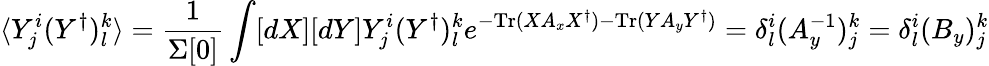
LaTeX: \langle Y_{j}^{i}(Y^{\dagger})_{l}^{k}\rangle=\frac{1}{\Sigma[0]}\int[dX][dY]Y_{j}^{i}(Y^{\dagger})_{l}^{k}e^{-\mathrm{Tr}(XA_{x}X^{\dagger})-\mathrm{Tr}(YA_{y}Y^{\dagger})}=\delta_{l}^{i}(A_{y}^{-1})_{j}^{k}=\delta_{l}^{i}(B_{y})_{j}^{k}